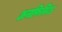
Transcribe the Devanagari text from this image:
अनफिनिश्ड